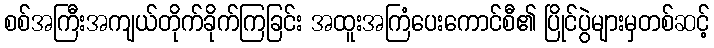
စစ်အကြီးအကျယ်တိုက်ခိုက်ကြခြင်း အထူးအကြံပေးကောင်စီ၏ ပြိုင်ပွဲများမှတစ်ဆင့်